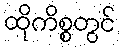
ထိုကိစ္စတွင်